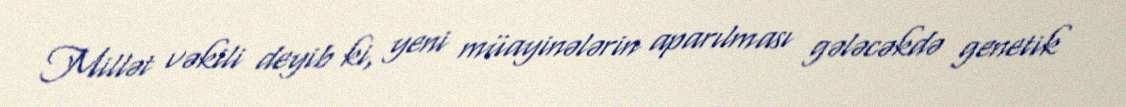
Millət vəkili deyib ki, yeni müayinələrin aparılması gələcəkdə genetik